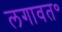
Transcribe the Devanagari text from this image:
लगावत॰